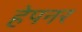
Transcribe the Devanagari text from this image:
हेपनर